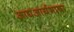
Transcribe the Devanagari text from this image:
आद्यआर्यभाषा